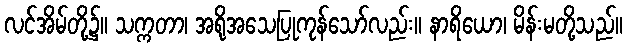
လင်အိမ်တို့၌။ သက္ကတာ၊ အရိုအသေပြုကုန်သော်လည်း။ နာရိယော၊ မိန်းမတို့သည်။